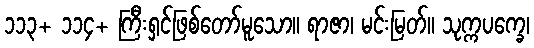
၁၁၃+ ၁၁၄+ ကြီးရှင်ဖြစ်တော်မူသော။ ရာဇာ၊ မင်းမြတ်။ သုက္ကပက္ခေ၊